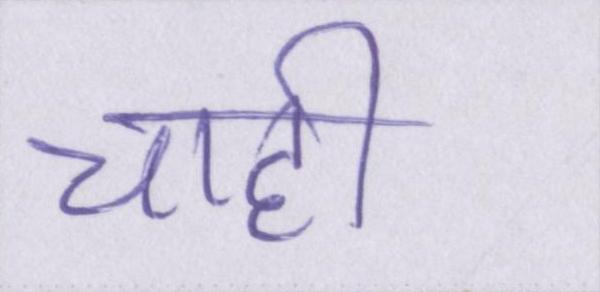
चाही